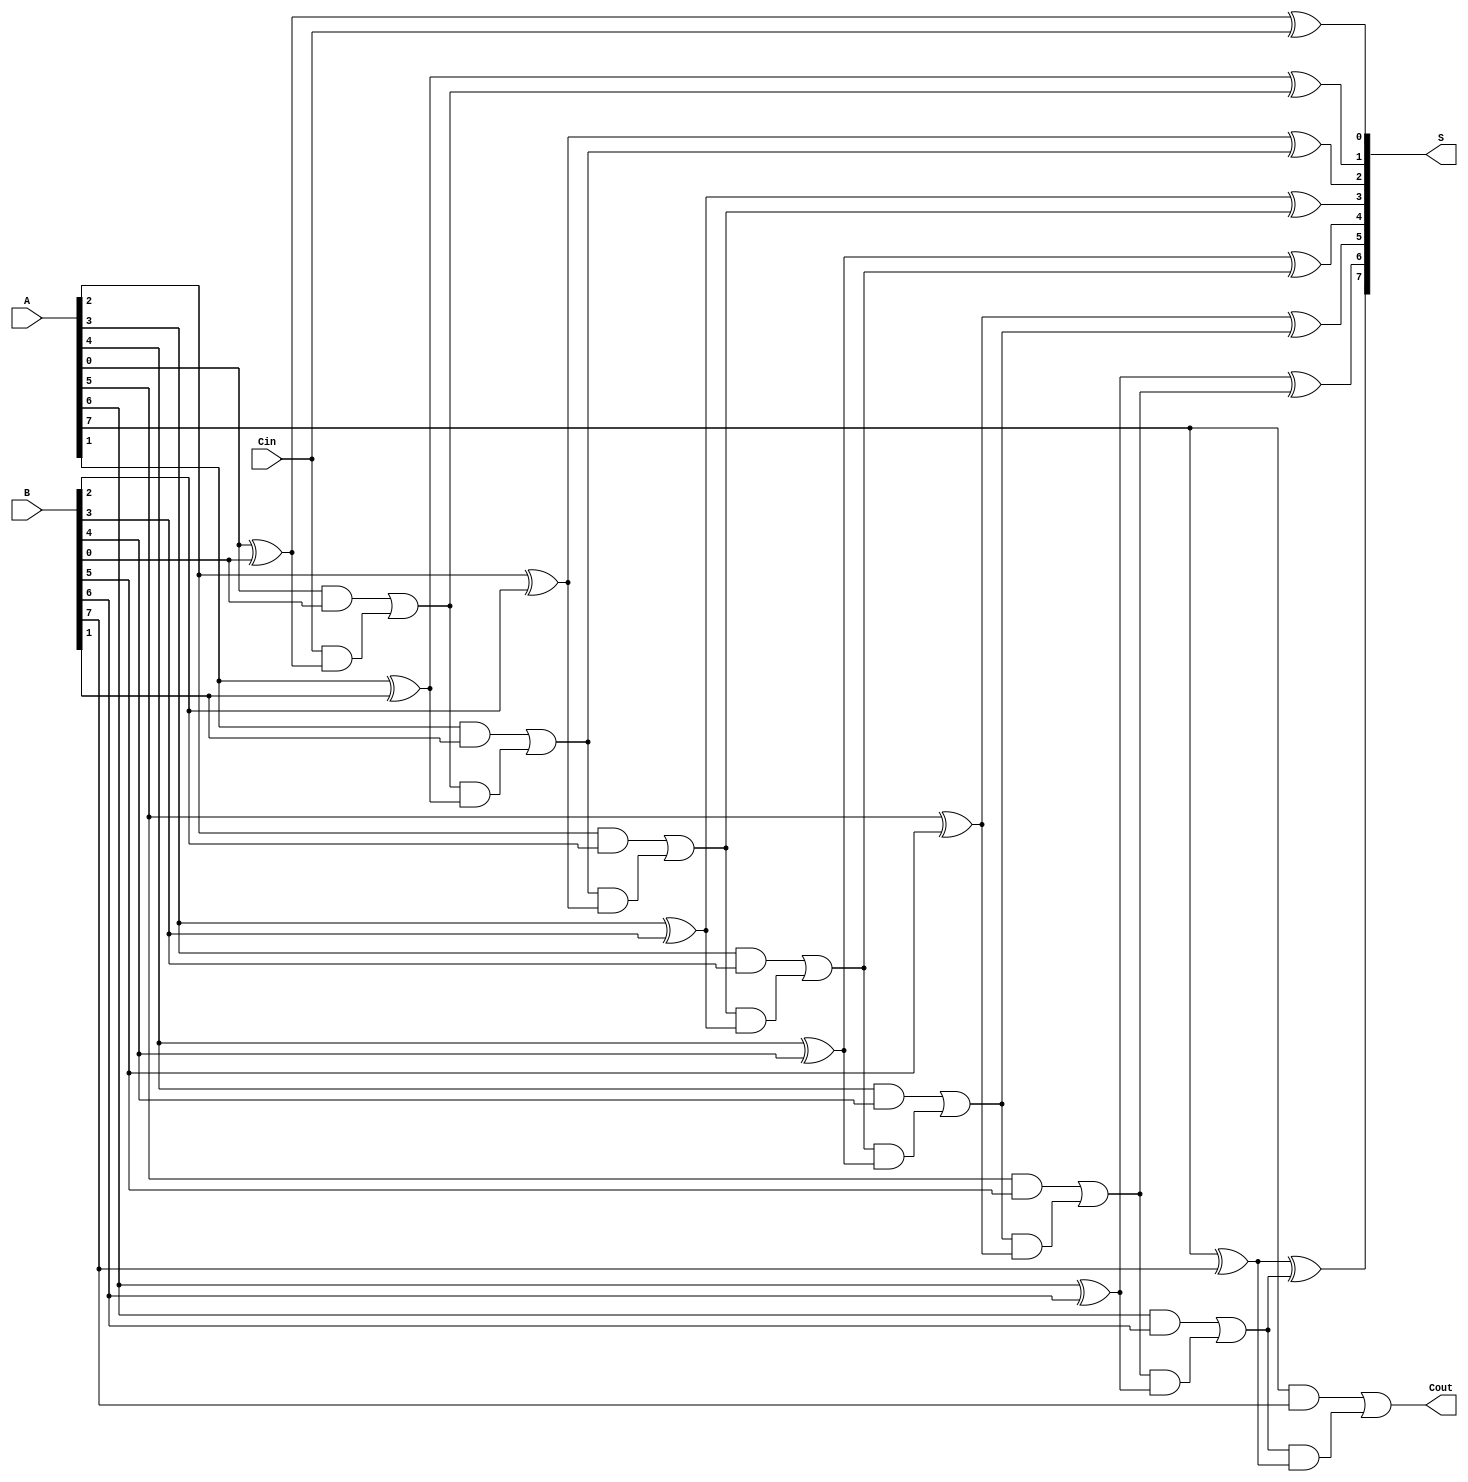
module ManchesterCarryChainAdder #(parameter n = 8) (
    input  wire [n-1:0] A,      // n-bit input A
    input  wire [n-1:0] B,      // n-bit input B
    input  wire Cin,             // Carry-in
    output wire [n-1:0] S,      // n-bit sum output
    output wire Cout             // Carry-out
);

    // Internal wires for carry propagation
    wire [n:0] carry; // carry[n] is the carry-out

    // Assign initial carry-in
    assign carry[0] = Cin;

    // Full adder logic for each bit
    genvar i;
    generate
        for (i = 0; i < n; i = i + 1) begin : full_adder
            wire sum;
            wire carry_out;

            // Full adder logic
            assign sum = A[i] ^ B[i] ^ carry[i]; // Sum calculation
            assign carry_out = (A[i] & B[i]) | (carry[i] & (A[i] ^ B[i])); // Carry-out calculation

            // Assign sum to output
            assign S[i] = sum;

            // Propagate carry to the next bit
            assign carry[i + 1] = carry_out;
        end
    endgenerate

    // Assign the final carry-out
    assign Cout = carry[n];

endmodule